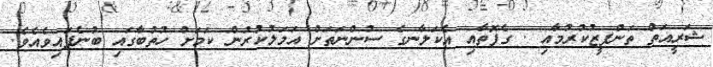
ޝަރީއަތް ތަންފީޒުކުރުމާއި . ގެފޮތާއި އެކަލާނގެ ސުންނަތަަށް އަމަލުކުރުން ކަމަށް ހުތުބާގައި ބުނެފައިވެއެވެ.